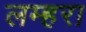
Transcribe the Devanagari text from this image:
लम्हरा